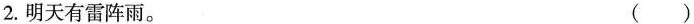
2.明天有雷阵雨。 ( )